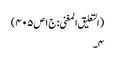
(التعلیق المغنی: ج۱ص۴۰۵)
۴۔